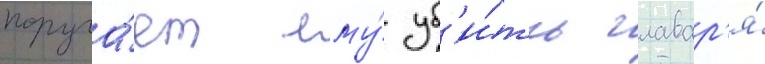
поруча́ет ему́ уб'и́ть главар'я́